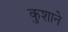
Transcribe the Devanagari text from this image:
कुशाने